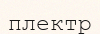
плектр